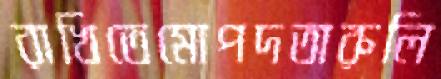
রাখিতেমোপদতারুলি